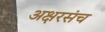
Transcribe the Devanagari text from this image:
अक्षरसंच